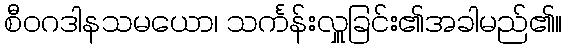
စီဝဂဒါနသမယော၊ သင်္ကန်းလှူခြင်း၏အခါမည်၏။